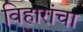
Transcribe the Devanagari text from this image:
विहारांचा